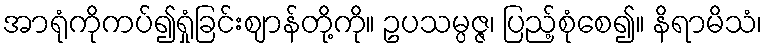
အာရုံကိုကပ်၍ရှုံခြင်းဈာန်တို့ကို။ ဥပသမ္ပဇ္ဇ၊ ပြည့်စုံစေ၍။ နိရာမိသံ၊